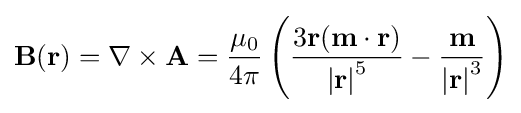
\mathbf {B} ({\mathbf {r} })=\nabla \times {\mathbf {A} }={\frac {\mu _{0}}{4\pi }}\left({\frac {3\mathbf {r} (\mathbf {m} \cdot \mathbf {r} )}{\left|\mathbf {r} \right|^{5}}}-{\frac {\mathbf {m} }{\left|\mathbf {r} \right|^{3}}}\right)